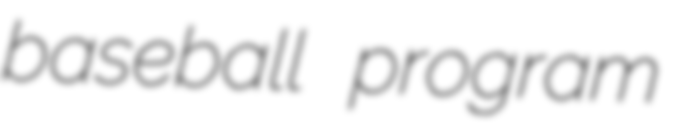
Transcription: baseball program